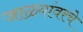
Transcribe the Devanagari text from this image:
जाळ्यांवरचे